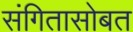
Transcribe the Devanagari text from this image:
संगितासोबत